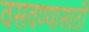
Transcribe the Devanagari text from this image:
वसवण्यासाठी